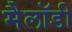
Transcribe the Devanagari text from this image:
मैलॉडी